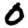
Digit: 0